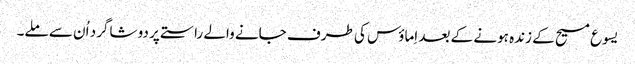
‏ یسوع مسیح کے زندہ ہونے کے بعد اِماؤس کی طرف جانے والے راستے پر دو شاگرد اُن سے ملے۔